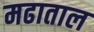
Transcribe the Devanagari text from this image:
मढाताल